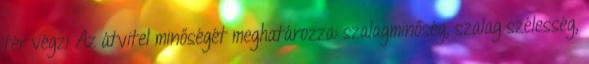
tér végzi Az átvitel minőségét meghatározza: szalagminőség, szalag szélesség,